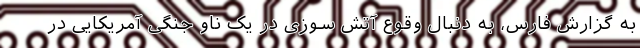
به گزارش فارس، به دنبال وقوع آتش سوزی در یک ناو جنگی آمریکایی در